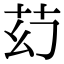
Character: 䒛